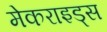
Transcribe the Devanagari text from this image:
मेकराइड्स